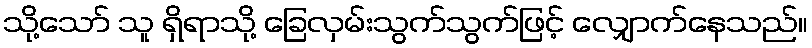
သို့သော် သူ ရှိရာသို့ ခြေလှမ်းသွက်သွက်ဖြင့် လျှောက်နေသည်။